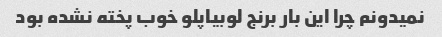
نمیدونم چرا این بار برنج لوبیاپلو خوب پخته نشده بود